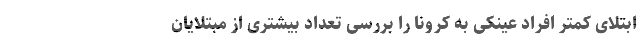
ابتلای کمتر افراد عینکی به کرونا را بررسی تعداد بیشتری از مبتلایان